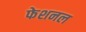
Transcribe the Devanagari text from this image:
फेशनल